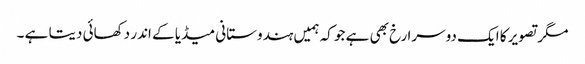
مگر تصویر کا ایک دوسرا رخ بھی ہے جو کہ ہمیں ہندوستانی میڈیا کے اندر دکھائی دیتا ہے ۔